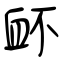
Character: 衃